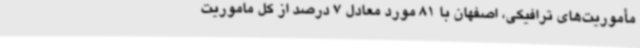
مأموریت‌های ترافیکی، اصفهان با 81 مورد معادل 7 درصد از کل ماموریت